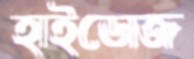
হাইডোজ